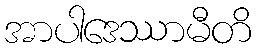
အာပါဒေဿာမီတိ